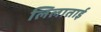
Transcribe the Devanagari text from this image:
लिलाताई